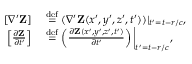
\begin{array} { r l } { [ \nabla ^ { \prime } { \mathbf Z } ] } & { { } \stackrel { \operatorname { d e f } } { = } ( \nabla ^ { \prime } { \mathbf Z } ( x ^ { \prime } , y ^ { \prime } , z ^ { \prime } , t ^ { \prime } ) ) | _ { t ^ { \prime } = t - r / c } , } \\ { \left[ \frac { \partial { \mathbf Z } } { \partial t ^ { \prime } } \right] } & { { } \stackrel { \operatorname { d e f } } { = } \left( \frac { \partial { \mathbf Z } ( x ^ { \prime } , y ^ { \prime } , z ^ { \prime } , t ^ { \prime } ) } { \partial t ^ { \prime } } \right) \bigg \rvert _ { t ^ { \prime } = t - r / c } , } \end{array}